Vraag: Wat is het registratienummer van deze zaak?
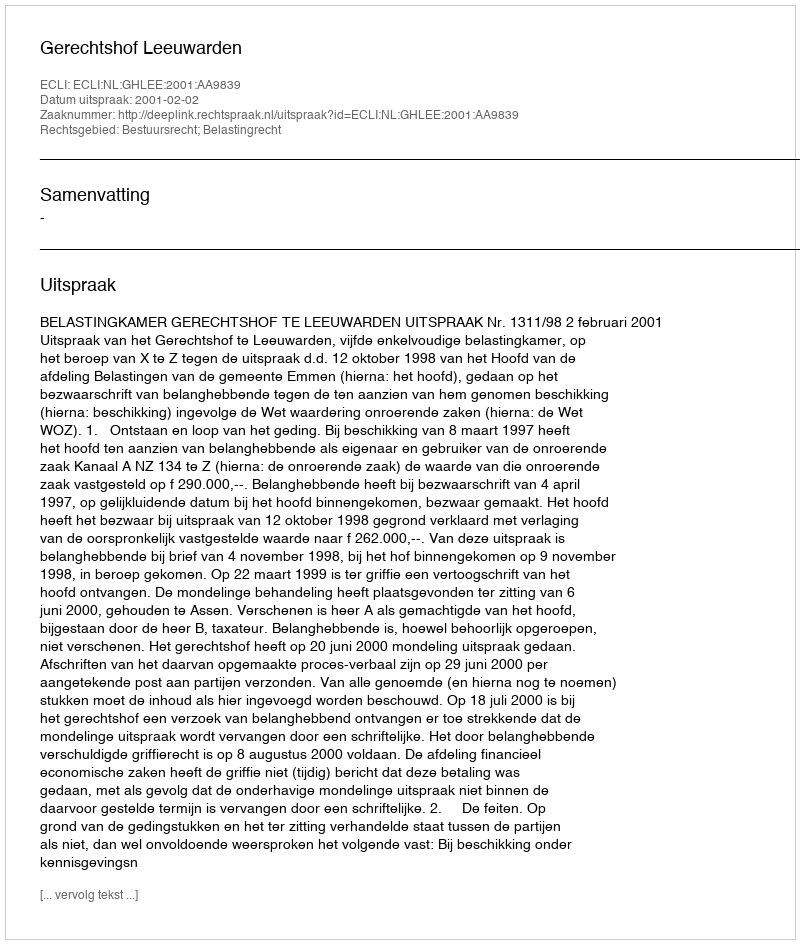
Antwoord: http://deeplink.rechtspraak.nl/uitspraak?id=ECLI:NL:GHLEE:2001:AA9839